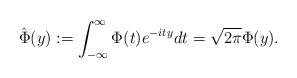
LaTeX: \begin{align*}\hat{\Phi}(y) := \int_{-\infty}^{\infty} \Phi(t)e^{-ity}dt = \sqrt{2\pi}\Phi(y). \end{align*}